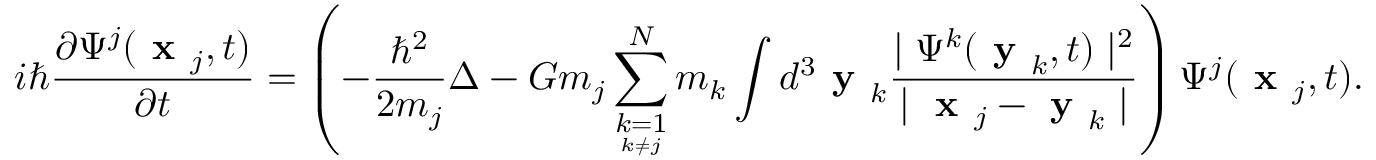
i \hbar \frac { \partial \Psi ^ { j } ( \textbf { x } _ { j } , t ) } { \partial t } = \left( - \frac { \hbar ^ { 2 } } { 2 m _ { j } } \Delta - G m _ { j } \sum _ { \underset { k \neq j } { k = 1 } } ^ { N } m _ { k } \int d ^ { 3 } \textbf { y } _ { k } \frac { \mid \Psi ^ { k } ( \textbf { y } _ { k } , t ) \mid ^ { 2 } } { \mid \textbf { x } _ { j } - \textbf { y } _ { k } \mid } \right) \Psi ^ { j } ( \textbf { x } _ { j } , t ) .